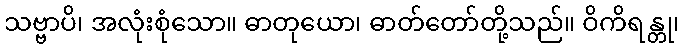
သဗ္ဗာပိ၊ အလုံးစုံသော။ ဓာတုယော၊ ဓာတ်တော်တို့သည်။ ဝိကိရန္တု၊